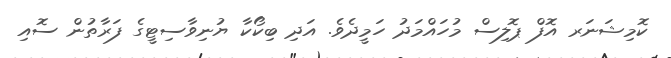
ކޮމިޝަނަރ އޮފް ޕޮލިސް މުހައްމަދު ހަމީދެވެ. އަދި ބިކޯކާ ޔުނިވާސިޓީގެ ފަރާތުން ސޮއި